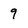
Character: 9